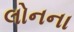
લોનના